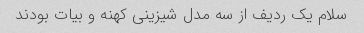
سلام یک ردیف از سه مدل شیزینی کهنه و بیات بودند